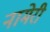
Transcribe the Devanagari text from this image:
नामेरी